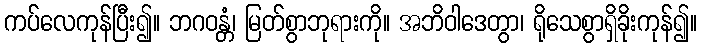
ကပ်လေကုန်ပြီး၍။ ဘဂဝန္တံ၊ မြတ်စွာဘုရားကို။ အဘိဝါဒေတွာ၊ ရိုသေစွာရှိခိုးကုန်၍။